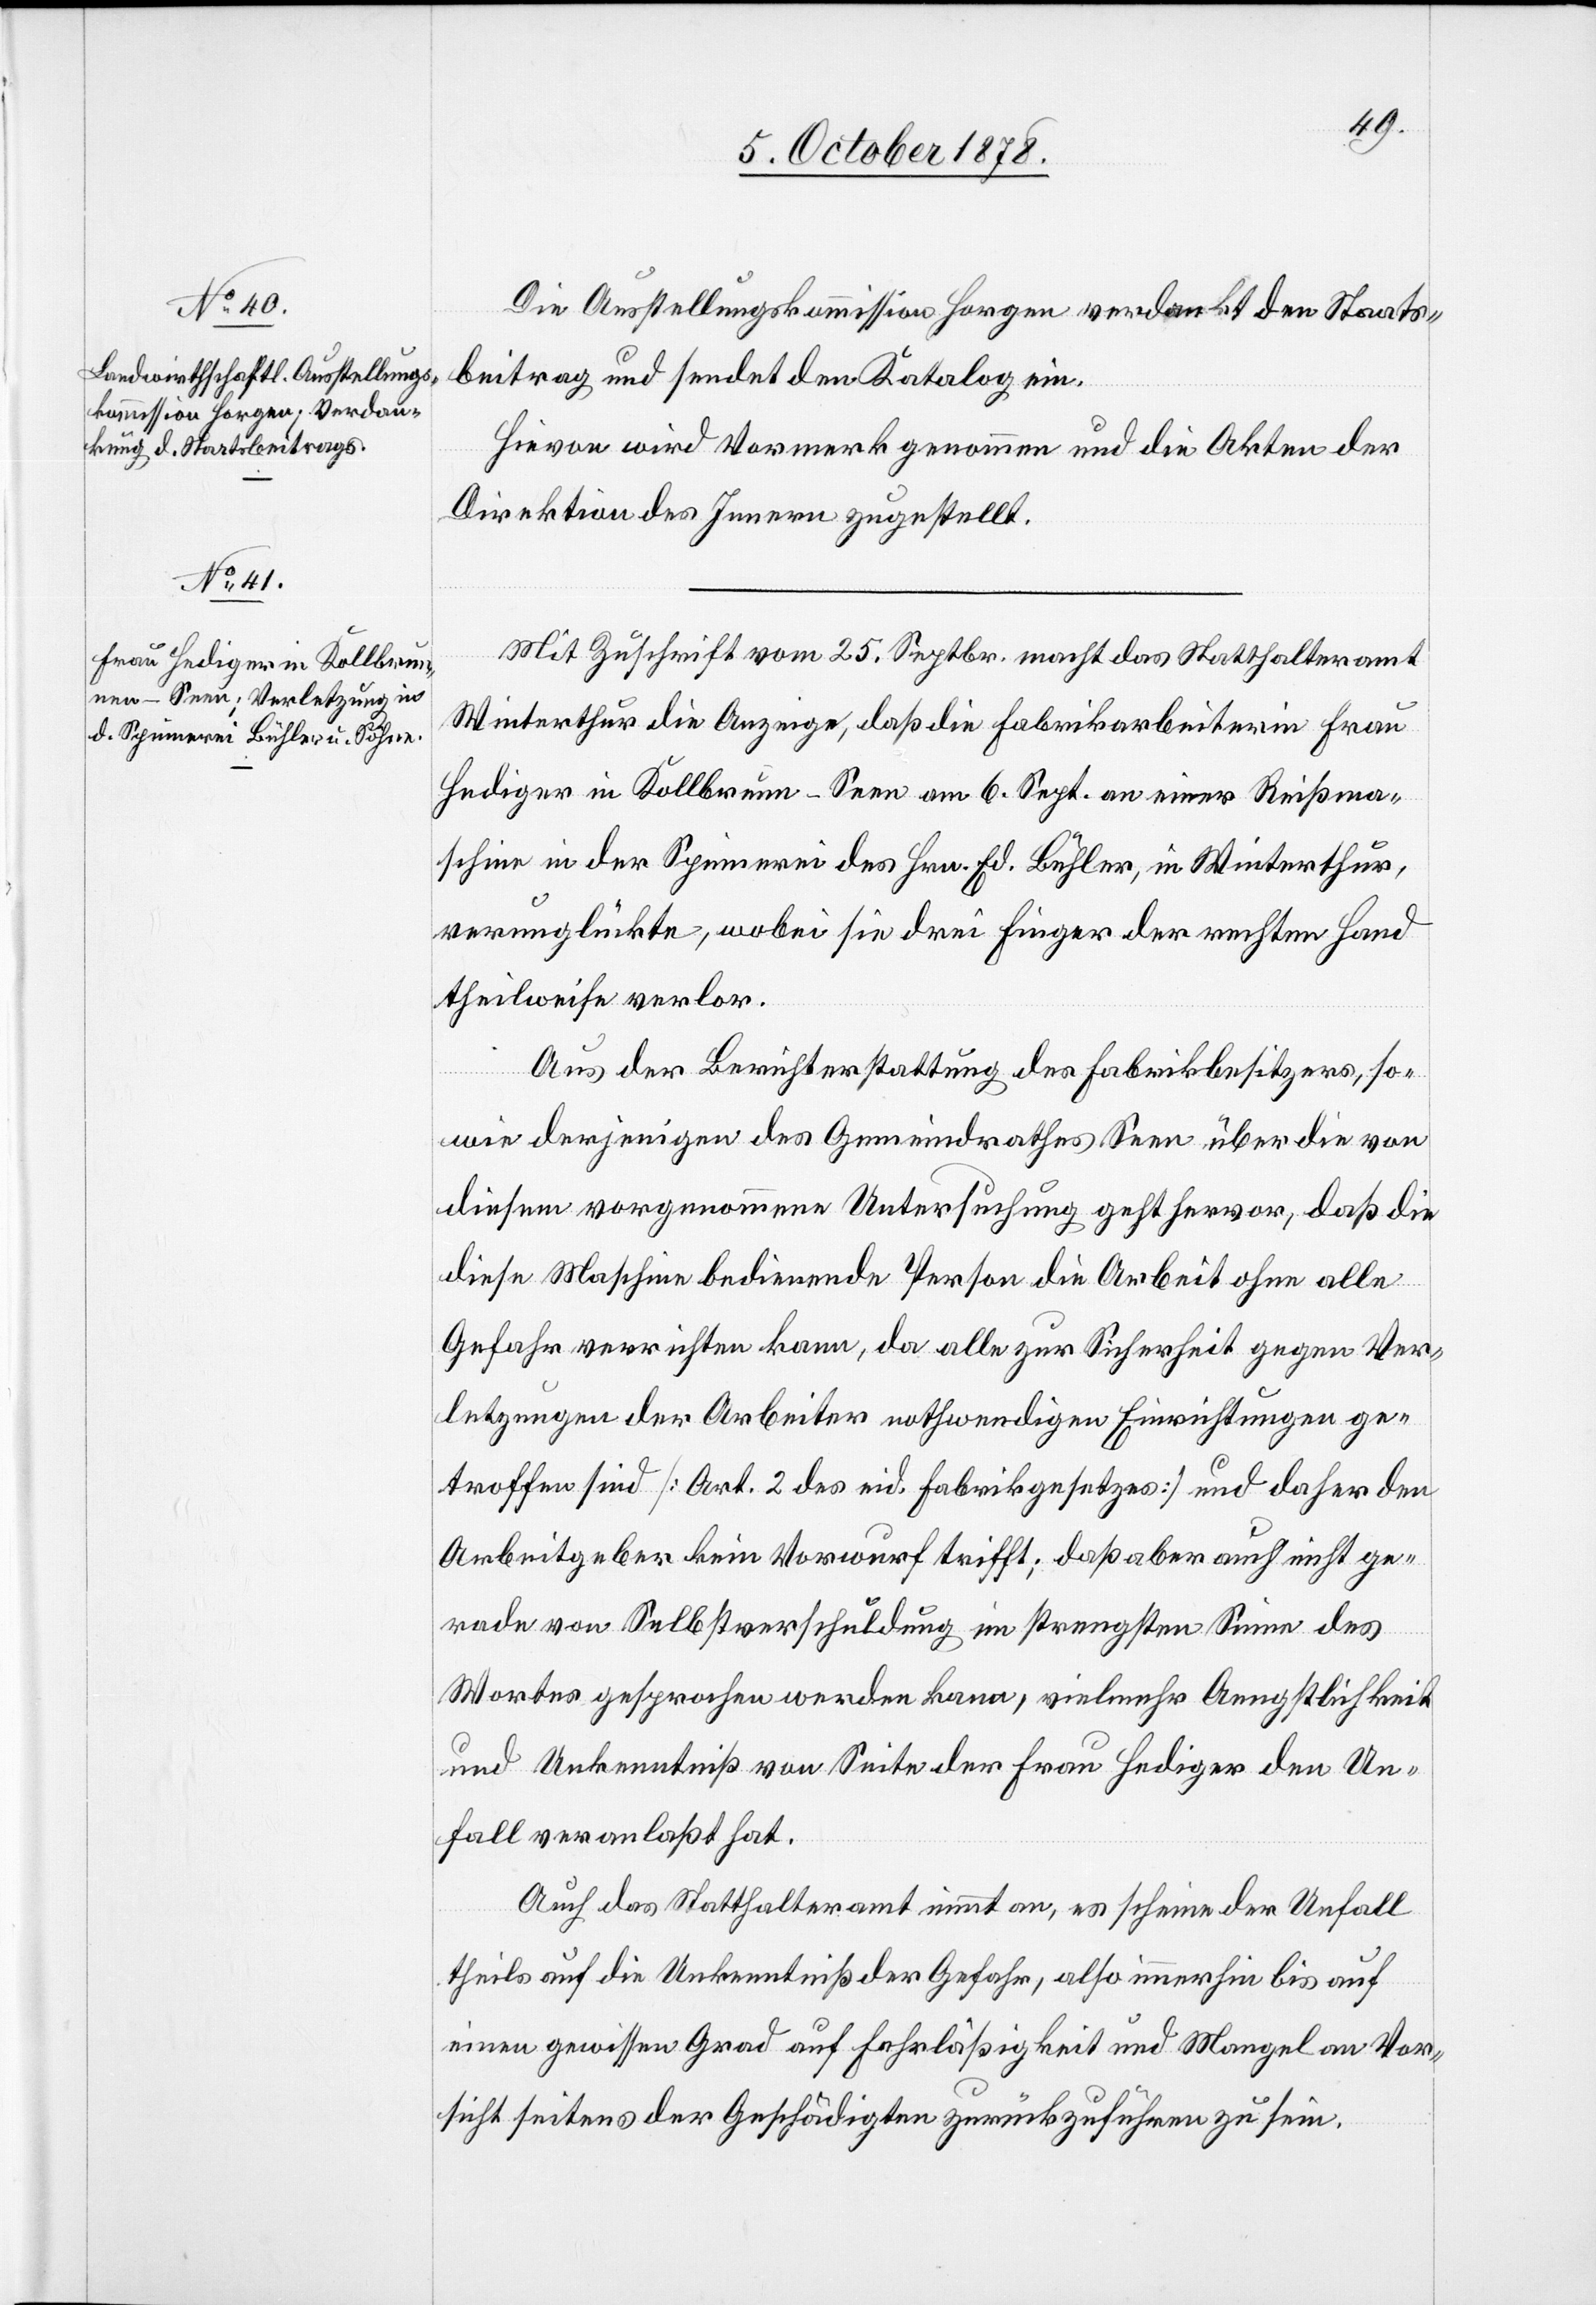
Die Ausstellungskommission Horgen verdankt den Staats¬
beitrag und sendet den Katalog ein.
Hievon wird Vormerk genommen und die Akten der
Direktion des Innern zugestellt.
Mit Zuschrift vom 25. Septbr. macht das Statthalteramt
Winterthur die Anzeige, daß die Fabrikarbeiterin Frau
Hediger in Kollbrunn - Seen am 6. Sept. an einer Reißmach¬
schine in der Spinnerei des Hrn. Ed. Bühler, in Winterthur,
verunglückte, wobei sie drei Finger der rechten Hand
theilweise verlor.
Aus der Berichterstattung des Fabrikbesitzers, so¬
wie derjenigen des Gemeindrathes Seen über die von
diesem vorgenommene Untersuchung geht hervor, daß die
diese Maschine bedienende Person die Arbeit ohne alle
Gefahr verrichten kann, da alle zur Sicherheit gegen Ver¬
letzungen der Arbeiter nothwendigen Einrichtungen ge¬
troffen sind [Art. 2 des eid. Fabrikgesetzes] und daher den
Arbeitgeber kein Vorwurf trifft; daß aber auch nicht ge¬
rade von Selbstverschuldung im strengsten Sinne des
Wortes gesprochen werden kann, vielmehr Aengstlichkeit
und Unkenntniß von Seite der Frau Hediger den Un¬
fall veranlaßt hat.
Auch das Statthalteramt nimmt an, es scheine der Unfall
theils auf die Unkenntniß der Gefahr, also immerhin bis auf
einen gewissen Grad auf Fahrlässigkeit und Mangel an Vor¬
sicht seitens der Geschädigten zurückzuführen zu sein.